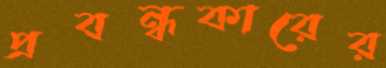
প্রবন্ধকারের